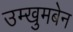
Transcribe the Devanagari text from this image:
उम्खुमबेन